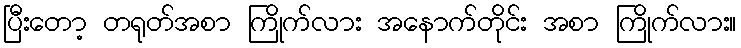
ပြီးတော့ တရုတ်အစာ ကြိုက်လား အနောက်တိုင်း အစာ ကြိုက်လား။